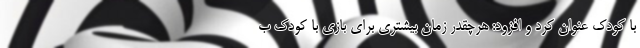
با کودک عنوان کرد و افزود: هرچقدر زمان بیشتری برای بازی با کودک ب